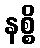
နစ္စိ